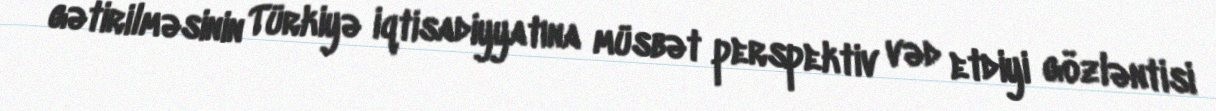
gətirilməsinin Türkiyə iqtisadiyyatına müsbət perspektiv vəd etdiyi gözləntisi